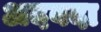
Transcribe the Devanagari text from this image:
अदबदा